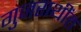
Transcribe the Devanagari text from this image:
गुजराथींत